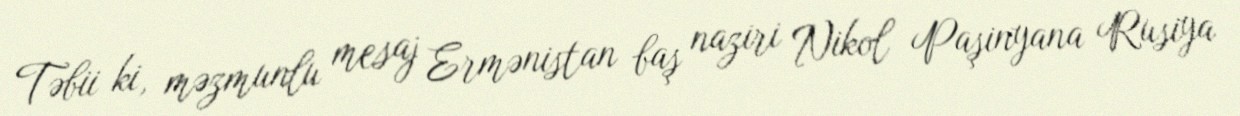
Təbii ki, məzmunlu mesaj Ermənistan baş naziri Nikol Paşinyana Rusiya